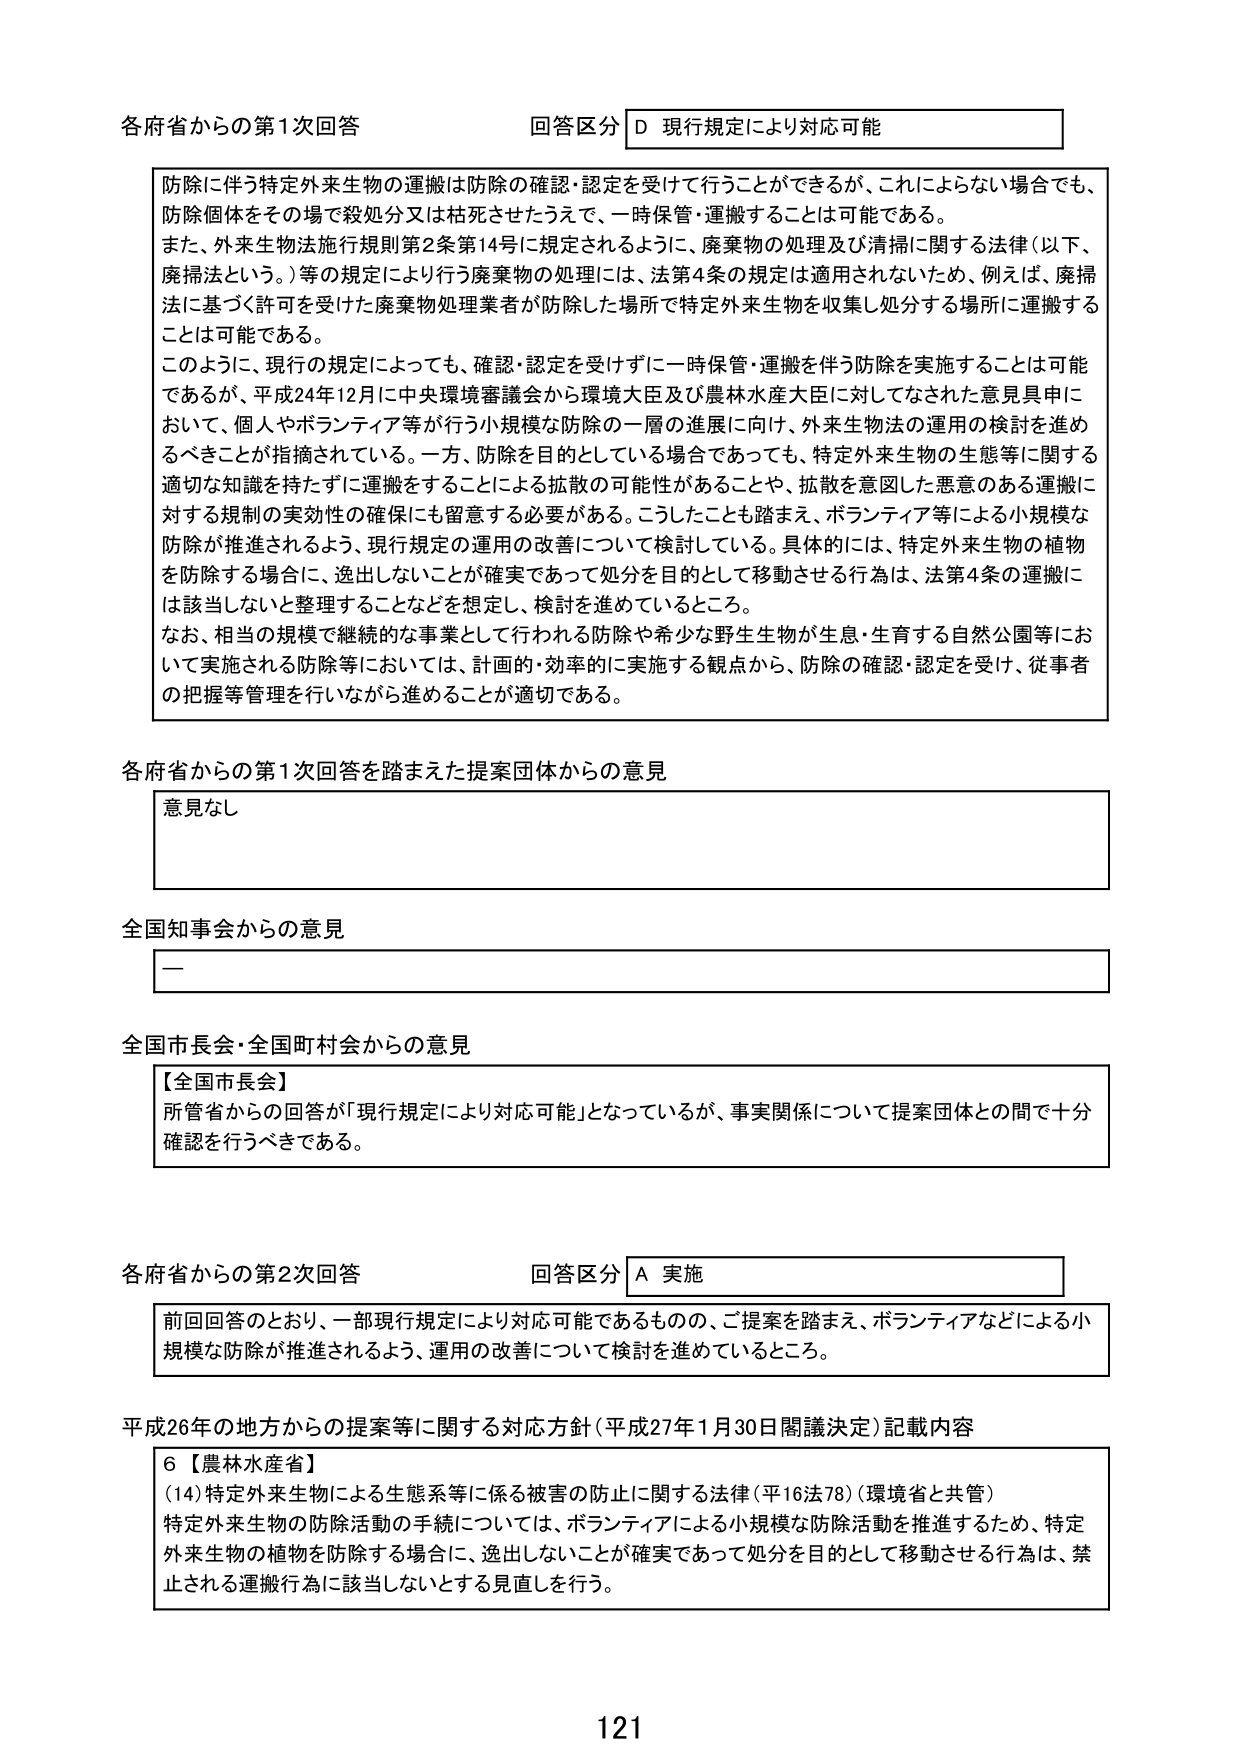
各府省からの第1次回答 回答区分 D 現行規定により対応可能

防除に伴う特定外来生物の運搬は防除の確認・認定を受けて行うことができるが、これによらない場合でも、防除個体をその場で殺処分又は枯死させたうえで、一時保管・運搬することは可能である。

また、外来生物法施行規則第2条第14号に規定されるように、廃棄物の処理及び清掃に関する法律（以下、廃掃法という。）等の規定により行う廃棄物の処理には、法第4条の規定は適用されないため、例えば、廃掃法に基づく許可を受けた廃棄物処理業者が防除した場所で特定外来生物を収集し処分する場所に運搬することは可能である。

このように、現行の規定によっても、確認・認定を受けずに一時保管・運搬を伴う防除を実施することは可能であるが、平成24年12月に中央環境審議会から環境大臣及び農林水産大臣に対してなされた意見具申において、個人やボランティア等が行う小規模な防除の一層の進展に向け、外来生物法の運用の検討を進めるべきことが指摘されている。一方、防除を目的としている場合であっても、特定外来生物の生態等に関する適切な知識を持たずに運搬をすることによる拡散の可能性があることや、拡散を意図した悪意のある運搬に対する規制の実効性の確保にも留意する必要がある。こうしたことも踏まえ、ボランティア等による小規模な防除が推進されるよう、現行規定の運用の改善について検討している。具体的には、特定外来生物の植物を防除する場合に、逸出しないことが確実であって処分を目的として移動させる行為は、法第4条の運搬には該当しないと整理することなどを想定し、検討を進めているところ。

なお、相当の規模で継続的な事業として行われる防除や希少な野生生物が生息・生育する自然公園等において実施される防除等においては、計画的・効率的に実施する観点から、防除の確認・認定を受け、従事者の把握等管理を行いながら進めることが適切である。

各府省からの第1次回答を踏まえた提案団体からの意見

意見なし

全国知事会からの意見

—

全国市長会・全国町村会からの意見

【全国市長会】
所管省からの回答が「現行規定により対応可能」となっているが、事実関係について提案団体との間で十分確認を行うべきである。

各府省からの第2次回答 回答区分 A 実施

前回回答のとおり、一部現行規定により対応可能であるものの、ご提案を踏まえ、ボランティアなどによる小規模な防除が推進されるよう、運用の改善について検討を進めているところ。

平成26年の地方からの提案等に関する対応方針（平成27年1月30日閣議決定）記載内容

6【農林水産省】
（14）特定外来生物による生態系等に係る被害の防止に関する法律（平16法78）（環境省と共管）
特定外来生物の防除活動の手続については、ボランティアによる小規模な防除活動を推進するため、特定外来生物の植物を防除する場合に、逸出しないことが確実であって処分を目的として移動させる行為は、禁止される運搬行為に該当しないとする見直しを行う。

121